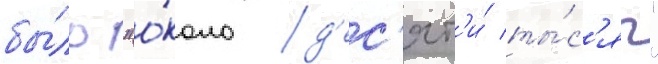
бы́ло "о́коло д'ес'ят'и́ ты́с'яч"